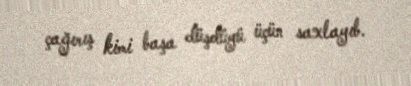
çağırış kimi başa düşdüyü üçün saxlayıb.